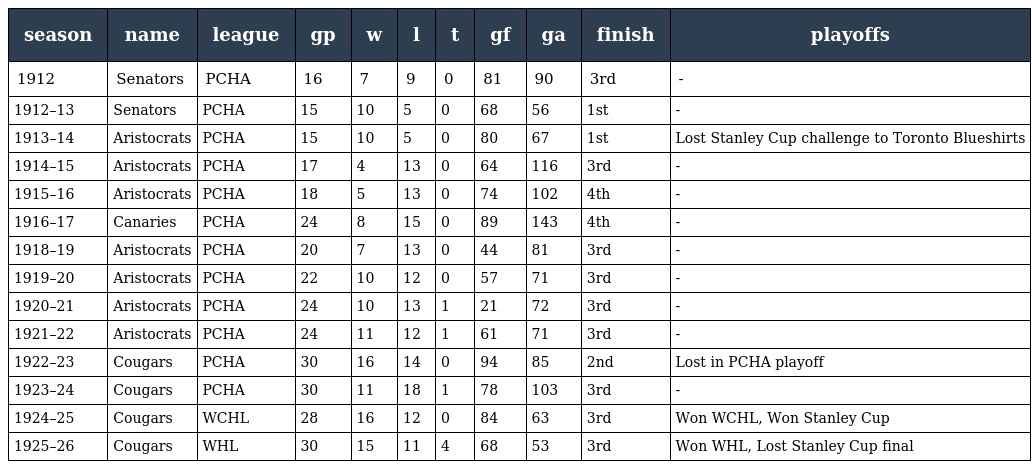
| season | name | league | gp | w | l | t | gf | ga | finish | playoffs |
 | --- | --- | --- | --- | --- | --- | --- | --- | --- | --- | --- |
 | 1912 | Senators | PCHA | 16 | 7 | 9 | 0 | 81 | 90 | 3rd | - |
 | 1912–13 | Senators | PCHA | 15 | 10 | 5 | 0 | 68 | 56 | 1st | - |
 | 1913–14 | Aristocrats | PCHA | 15 | 10 | 5 | 0 | 80 | 67 | 1st | Lost Stanley Cup challenge to Toronto Blueshirts |
 | 1914–15 | Aristocrats | PCHA | 17 | 4 | 13 | 0 | 64 | 116 | 3rd | - |
 | 1915–16 | Aristocrats | PCHA | 18 | 5 | 13 | 0 | 74 | 102 | 4th | - |
 | 1916–17 | Canaries | PCHA | 24 | 8 | 15 | 0 | 89 | 143 | 4th | - |
 | 1918–19 | Aristocrats | PCHA | 20 | 7 | 13 | 0 | 44 | 81 | 3rd | - |
 | 1919–20 | Aristocrats | PCHA | 22 | 10 | 12 | 0 | 57 | 71 | 3rd | - |
 | 1920–21 | Aristocrats | PCHA | 24 | 10 | 13 | 1 | 21 | 72 | 3rd | - |
 | 1921–22 | Aristocrats | PCHA | 24 | 11 | 12 | 1 | 61 | 71 | 3rd | - |
 | 1922–23 | Cougars | PCHA | 30 | 16 | 14 | 0 | 94 | 85 | 2nd | Lost in PCHA playoff |
 | 1923–24 | Cougars | PCHA | 30 | 11 | 18 | 1 | 78 | 103 | 3rd | - |
 | 1924–25 | Cougars | WCHL | 28 | 16 | 12 | 0 | 84 | 63 | 3rd | Won WCHL, Won Stanley Cup |
 | 1925–26 | Cougars | WHL | 30 | 15 | 11 | 4 | 68 | 53 | 3rd | Won WHL, Lost Stanley Cup final |